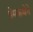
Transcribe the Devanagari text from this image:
प्रेमकथेने